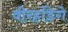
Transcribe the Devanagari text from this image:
वीरहंडिगे